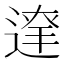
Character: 𨔬